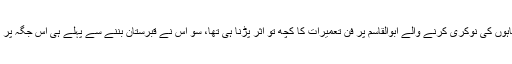
41 برس تک مغل بادشاہوں کی نوکری کرنے والے ابوالقاسم پر فنِ تعمیرات کا کچھ تو اثر پڑنا ہی تھا، سو اس نے قبرستان بننے سے پہلے ہی اس جگہ پر نقش نگار کا کام کرادیا۔